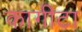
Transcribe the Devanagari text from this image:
कागीटा